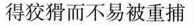
得狡猾而不易被重捕